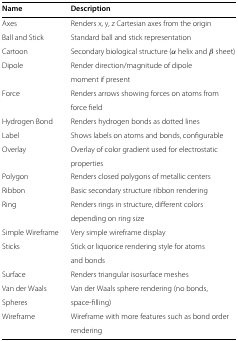
<table><thead><tr><td><b>Name</b></td><td><b>Description</b></td></tr></thead><tbody><tr><td>Axes</td><td>Renders x, y, z Cartesian axes from the origin</td></tr><tr><td>Ball and Stick</td><td>Standard ball and stick representation</td></tr><tr><td>Cartoon</td><td>Secondary biological structure (<i>α</i>helix and <i>β</i>sheet)</td></tr><tr><td>Dipole</td><td>Render direction/magnitude of dipole</td></tr><tr><td> </td><td>moment if present</td></tr><tr><td>Force</td><td>Renders arrows showing forces on atoms from</td></tr><tr><td> </td><td>force field</td></tr><tr><td>Hydrogen Bond</td><td>Renders hydrogen bonds as dotted lines</td></tr><tr><td>Label</td><td>Shows labels on atoms and bonds, configurable</td></tr><tr><td>Overlay</td><td>Overlay of color gradient used for electrostatic</td></tr><tr><td> </td><td>properties</td></tr><tr><td>Polygon</td><td>Renders closed polygons of metallic centers</td></tr><tr><td>Ribbon</td><td>Basic secondary structure ribbon rendering</td></tr><tr><td>Ring</td><td>Renders rings in structure, different colors</td></tr><tr><td> </td><td>depending on ring size</td></tr><tr><td>Simple Wireframe</td><td>Very simple wireframe display</td></tr><tr><td>Sticks</td><td>Stick or liquorice rendering style for atoms</td></tr><tr><td> </td><td>and bonds</td></tr><tr><td>Surface</td><td>Renders triangular isosurface meshes</td></tr><tr><td>Van der Waals</td><td>Van der Waals sphere rendering (no bonds,</td></tr><tr><td>Spheres</td><td>space-filling)</td></tr><tr><td>Wireframe</td><td>Wireframe with more features such as bond order</td></tr><tr><td> </td><td>rendering</td></tr></tbody></table>